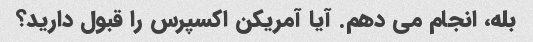
بله، انجام می دهم. آیا آمریکن اکسپرس را قبول دارید؟